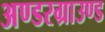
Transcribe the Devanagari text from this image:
अण्डरग्राउण्ड